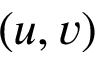
( u , v )